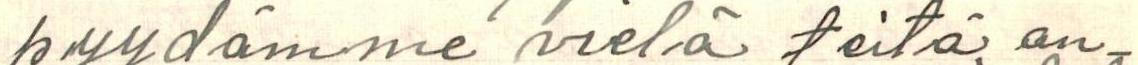
pyydämme vielä teitä an-